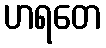
ဟရတေ